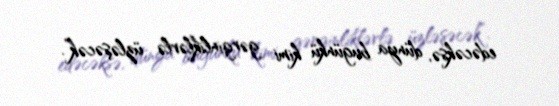
edəcəksə, dünya bugünkü kimi gərginliklərlə üzləşəcək”.